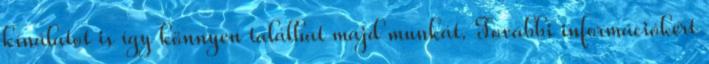
kínálatot is így könnyen találhat majd munkát. További információkért